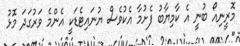
މޮރީނިއޯ ބުނީ އެ ކާމިޔާބު ފެށުމާ އެކުވެސް ޔުނައިޓެޑަކީ އެންމެ ވަރުގަދަ މޮޅު